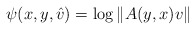
\begin{align*}\psi(x,y,\hat{v}) = \log \Vert A(y,x)v \Vert\end{align*}